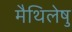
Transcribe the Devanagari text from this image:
मैथिलेषु